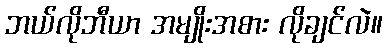
ဘယ်လိုဘီယာ အမျိုးအစား လိုချင်လဲ။